Vital statistics of India. Vol. V, Reports of 1876 on armies & jails and on epidemic cholera
Year: 1876
Disease focus: Cholera
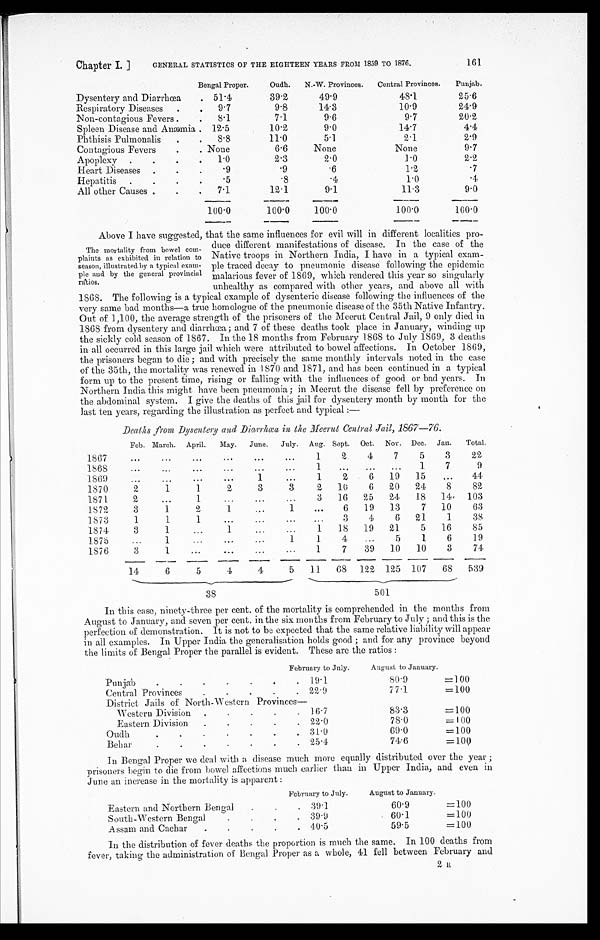
Chapter I.] GENERAL STATISTICS OF THE EIGHTEEN YEARS FROM 1859 TO 1876.
161
Bengal Proper.
Oudh. N.-W. Provinces. Central Provinces. Punjab.
Dysentery and Diarrhœa
51.4
39.2
49.9
48.1
25.6
Respiratory Diseases.
9.7
9.8
14.3
10.9
24.9
Non-contagious Fevers
8.1
7.1
9.6
9.7
20.2
Spleen Disease and Anæmia 12.5
10.2
9.0
14.7
4.4
Phthisis Pulmonalis.
8.8
11.0
5.1
2.1
2.9
Contagious Fevers
None
6.6
None
None
9.7
Apoplexy
1.0
2.3
2.0
1.0
2.2
Heart Diseases
.9
.9
.6
1.2
.7
Hepatitis
.5
.8
.4
1.0
. 4
All other Causes
7.1
12.1
9.1
11.3
9.0
100.0
100.0
100.0
100.0
100.0
Above I have suggested, that the same influences for evil will in different localities pro
-duce different manifestations of disease. In the case of the
Native troops in Northern India, I have in a typical exam
-ple traced decay to pneumonic disease following the epidemic
malarious fever of 1869, which rendered this year so singularly
unhealthy as compared with other years, and above all with
1 8 6 8 . T h e f o l l o w i n g i s a t y p i c a l e x a m p l e o f d y s e n t e r i c d i s e a s e f o l l o w i n g t h e i n f l u e n c e s o f t h e
v e r y s a m e b a d m o n t h s — a t r u e h o m o l o g u e o f t h e p n e u m o n i c d i s e a s e o f t h e 3 5 t h N a t i v e I n f a n t r y .
O u t o f 1 , 1 0 0 , t h e a v e r a g e s t r e n g t h o f t h e p r i s o n e r s o f t h e M e e r u t C e n t r a l J a i l , 9 o n l y d i e d i n
1 8 6 8 f r o m d y s e n t e r y a n d d i a r r h œ a ; a n d 7 o f t h e s e d e a t h s t o o k p l a c e i n J a n u a r y , w i n d i n g u p
t h e s i c k l y c o l d s e a s o n o f 1 8 6 7 . I n t h e 1 8 m o n t h s f r o m F e b r u a r y 1 8 6 8 t o J u l y 1 8 6 9 , 3 d e a t h s
i n a l l o c c u r r e d i n t h i s l a r g e j a i l w h i c h w e r e a t t r i b u t e d t o b o w e l a f f e c t i o n s . I n O c t o b e r 1 8 0 9 ,
t h e p r i s o n e r s b e g a n t o d i e ; a n d w i t h p r e c i s e l y t h e s a m e m o n t h l y i n t e r v a l s n o t e d i n t h e c a s e
o f t h e 3 5 t h , t h e m o r t a l i t y w a s r e n e w e d i n 1 8 7 0 a n d 1 8 7 1 , a n d h a s b e e n c o n t i n u e d i n a t y p i c a l
f o r m u p t o t h e p r e s e n t t i m e , r i s i n g o r f a l l i n g w i t h t h e i n f l u e n c e s o f g o o d o r b a d y e a r s . I n
Northern India this might have been pneumonia; in Meerut the disease fell by preference on
;he abdominal system. I give the deaths of this jail for dysentery month by month for the
l a s t t e n y e a r s , r e g a r d i n g t h e i l l u s t r a t i o n a s p e r f e c t a n d t y p i c a l : —
Deaths from Dysentery and Diarrhœa in the Meerut Central Jail, 1867-76.
Feb. March. April. May. June. July. Aug. Sept. Oct. Nov. Dec. Jan. Total.
1867
1
2
4
7
5
3
22
1868
1
1.
7
9
1869
1
1
2
6 19 15
44
1870
2
1
1
2
3
3
2 10
6 20 24
8
82
1871.
2
1
3 16 25 24 18 14 103
1872
3
1
2
1
1
6 19 13
7 10
63
1873
1
1
1
3
4
6 21
1
38
1874
3
1
1
1 18 19 21
5 16
85
1875
1
1
1
4
5
1
6
19
1876
3
1
1
7
39 10 10
3
74
14
6
5
4
4
5 11
6 8 122 125 107 68 539
3 8
5 0 1
In this case, ninety-three per cent. of the mortality is comprehended in the months from
August to January, and seven per cent, in the six months from February to July; and this is the
perfection of demonstration. It is not to be expected that the same relative liability will appear
in all examples. In Upper India the generalisation holds good; and for any province beyond
the limits of Bengal Proper the parallel is evident. These are the ratios:
February to July.
August to January.
.
•
Punjab
1 9 . 1
80.9
= 100
Central Provinces
22.9
77.1
= 100
District Jails of North-WesternProvinces
—
Western Division
16.7
83.3
= 100
Eastern Division
22.0
78.0
= 100
Oudh
31.0
69.0
= 100
Behar
25.4
74.6
= 100
In Bengal Proper we deal with a disease much more equally distributed over the year;
prisoners begin to die from bowel affections much earlier than in Upper India, and even in
June an increase in the mortality is apparent:
February to July.
August to January.
Eastern and Northern Bengal
39.1
60.9
= 100
South-Western Bengal
39.9
60.1
= 100
Assam and Cachar
40.5
59.5
= 100
In the distribution of fever deaths the proportion is much the same. In 100 deaths from
fever, taking the administration of Bengal Proper as a whole, 41 fell between February and
2 it
The mortality from bowel com
- p l a i n t s a s e x h i b i t e d i n r e l a t i o n t o season, illustrated by a typical exam
- p l e a n d b y t h e g e n e r a l p r o v i n c i a l r a ' t i o s .